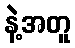
နဲ့အတူ